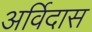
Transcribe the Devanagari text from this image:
अर्विदास